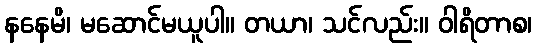
နနေမိ၊ မဆောင်မယူပါ။ တယာ၊ သင်လည်း။ ဝါရိတာစ၊